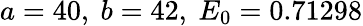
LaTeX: a=40,\ b=42,\ E_{0}=0.71298